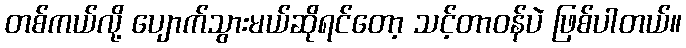
တစ်ကယ်လို့ ပျောက်သွားမယ်ဆိုရင်တော့ သင့်တာဝန်ပဲ ဖြစ်ပါတယ်။